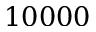
1 0 0 0 0